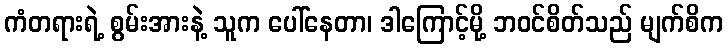
ကံတရားရဲ့ စွမ်းအားနဲ့ သူက ပေါ်နေတာ၊ ဒါကြောင့်မို့ ဘဝင်စိတ်သည် မျက်စိက